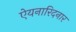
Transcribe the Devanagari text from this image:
ऐयनारिदनार